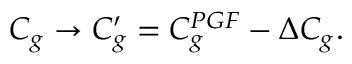
C _ { g } \rightarrow C _ { g } ^ { \prime } = C _ { g } ^ { P G F } - \Delta C _ { g } .